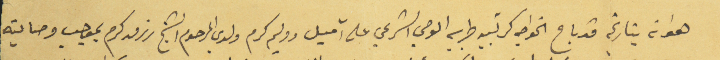
هو انه بتاريخه قد باع الخواجه كرتبيه طربي الوصي الشرعي على آميل ووليم كرم ولدي المرحوم الشيخ رزق كرم بموجب وصايته